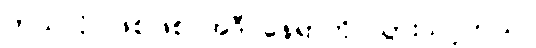
ဘယ်လိုပဲဖြစ်ဖြစ် အဲဒီ နေရာကို သွားသင့်တယ်။